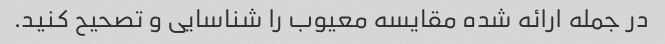
در جمله ارائه شده مقایسه معیوب را شناسایی و تصحیح کنید.